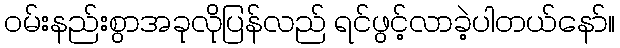
ဝမ်းနည်းစွာအခုလိုပြန်လည် ရင်ဖွင့်လာခဲ့ပါတယ်နော်။